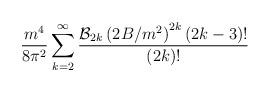
LaTeX: \begin{align*}{m^4\over 8\pi^2}\sum_{k=2}^\infty { {\cal B}_{2k}\left(2B/m^2\right)^{2k}(2k-3)!\over (2k)!}\end{align*}